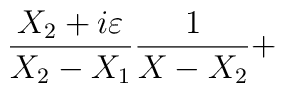
\frac{X_{2}+i\varepsilon }{X_{2}-X_{1}}\frac{1}{X-X_{2}}+